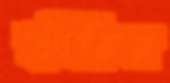
ঝাঁকির